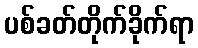
ပစ်ခတ်တိုက်ခိုက်ရာ